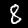
Label: 8